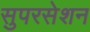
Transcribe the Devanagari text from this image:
सुपरसेशन